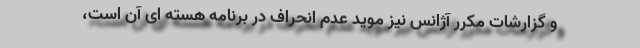
و گزارشات مکرر آژانس نیز موید عدم انحراف در برنامه هسته ای آن است،